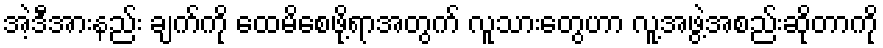
အဲ့ဒီအားနည်း ချက်ကို ထေမိစေဖို့ရာအတွက် လူသားတွေဟာ လူ့အဖွဲ့အစည်းဆိုတာကို